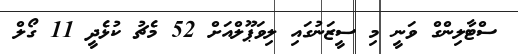
ސްޓާލިންގް ވަނީ މި ސީޒަނުގައި ލިވަޕޫލްއަށް 52 މެޗު ކުޅެދީ 11 ގޯލް